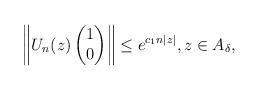
LaTeX: \begin{align*}\left\|U_n(z)\begin{pmatrix} 1 \\ 0 \end{pmatrix}\right\|\leq e^{c_1 n |z|},z\in A_\delta,\end{align*}